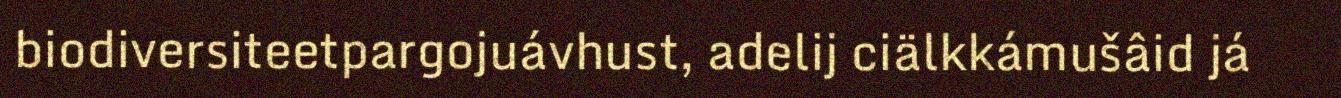
biodiversiteetpargojuávhust, adelij ciälkkámušâid já